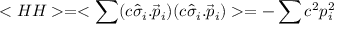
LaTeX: < H H > = < \sum ( c \hat { \sigma } _ { i } . \vec { p } _ { i } ) ( c \hat { \sigma } _ { i } . \vec { p } _ { i } ) > = - \sum c ^ { 2 } p _ { i } ^ { 2 }